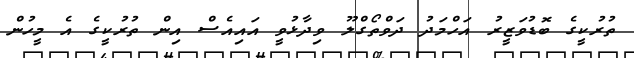
ތުރުކީގެ ބޮޑުވަޒީރު އަހްމަދު ދަވްތޯގްލޫ ވިދާޅުވީ އައިއެސް އިން ތުރުކީގެ އެ މީހުން